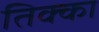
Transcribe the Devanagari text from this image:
तिक्का